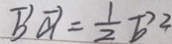
\overrightarrow { b } \overrightarrow { a } = \frac { 1 } { 2 } \overrightarrow { b } ^ { 2 }